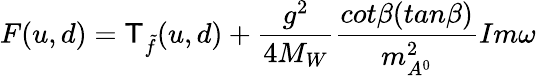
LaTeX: F(u,d)=\mathsf{T}_{\tilde{{f}}}(u,d)+\frac{{g^{2}}}{{4M_{W}}}\frac{{cot\beta(tan\beta)}}{{m_{A^{0}}^{2}}}Im\omega